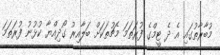
މުބާރާތުގައި އެ ދެ ޓީމްގެ ފުރަތަމަ މެޗުތަކަށް ބަލާއިރު ގޯދިއްޔާ ކުޅުނު ފުރަތަމަ